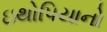
ઇથોપિયાનો